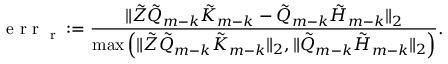
\textrm { e r r } _ { \textrm { r } } : = \frac { \Vert \tilde { Z } \tilde { Q } _ { m - k } \tilde { K } _ { m - k } - \tilde { Q } _ { m - k } \tilde { H } _ { m - k } \Vert _ { 2 } } { \operatorname* { m a x } \left( \Vert \tilde { Z } \tilde { Q } _ { m - k } \tilde { K } _ { m - k } \Vert _ { 2 } , \Vert \tilde { Q } _ { m - k } \tilde { H } _ { m - k } \Vert _ { 2 } \right) } .